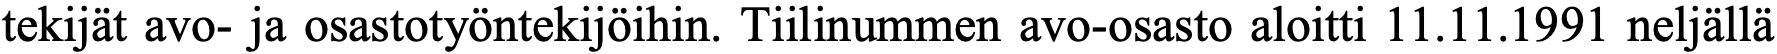
tekijät avo- ja osastotyöntekijöihin. Tiilinummen avo-osasto aloitti 11.11.1991 neljällä